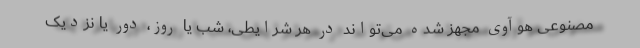
‌مصنوعی هوآوی مجهز شده می‌تواند در هر شرایطی، شب یا روز، دور یا نزدیک